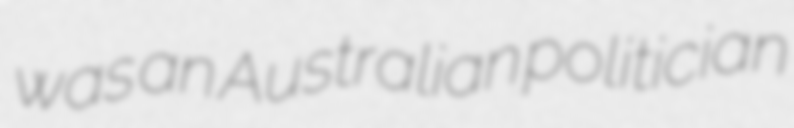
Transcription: was an Australian politician